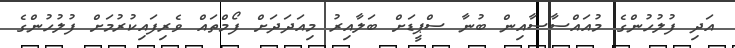
އަދި ފުލުހުންގެ މުއައްސާސާއިން ބުނާ ސްޕީޑަށް ބަލާއިރު މިއަދަދަށް ފޯމްތައް ވެރިފައިކުރުމަށް ފުލުހުންގެ